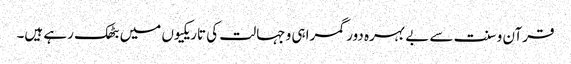
قرآن و سنت سے بے بہرہ دور گمراہی و جہالت کی تاریکیوں میں بٹھک رہے ہیں۔